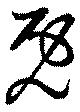
既